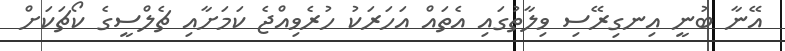
އޭނާ ބުނީ އިނގިރޭސި ވިލާތުގައި އެތައް އަހަރަކު ހުރެވިއްޖެ ކަމަށާއި ޗެލްސީގެ ކޯޗަކަށް